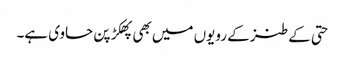
حتی کے طنز کے رویوں میں بھی پھکڑ پن حاوی ہے۔